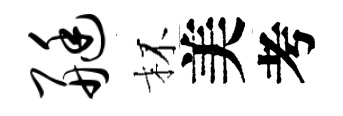
艇杯美考